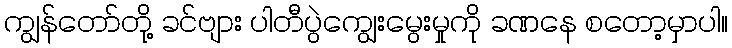
ကျွန်တော်တို့ ခင်ဗျား ပါတီပွဲကျွေးမွေးမှုကို ခဏနေ စတော့မှာပါ။